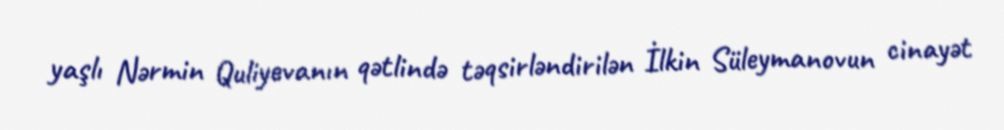
yaşlı Nərmin Quliyevanın qətlində təqsirləndirilən İlkin Süleymanovun cinayət